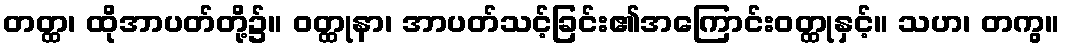
တတ္ထ၊ ထိုအာပတ်တို့၌။ ဝတ္ထုနာ၊ အာပတ်သင့်ခြင်း၏အကြောင်းဝတ္ထုနှင့်။ သဟ၊ တကွ။